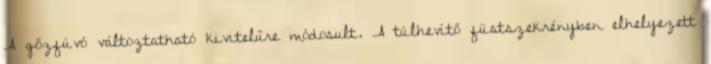
A gőzfúvó változtatható kivitelűre módosult. A túlhevítő füstszekrényben elhelyezett